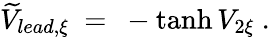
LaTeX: \widetilde V_{lead,\xi}\ =\ -\operatorname{tanh}V_{2\xi}\ .